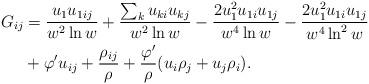
LaTeX: \begin{align*}\begin{aligned}G_{ij}&= \frac{ u_1 u_{1ij}}{ w^2 \ln w}+ \frac{\sum_k u_{ki} u_{kj} }{ w^2 \ln w} - \frac{ 2 u^2_1 u_{1i} u_{1j}}{w^4 \ln w} - \frac{ 2 u^2_1 u_{1i} u_{1j}}{w^4 \ln^2 w} \\&+ \varphi' u_{ij} + \frac{\rho_{ij}}{\rho} + \frac{\varphi'}{\rho} (u_i \rho_j + u_j \rho_i) .\end{aligned}\end{align*}